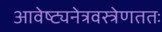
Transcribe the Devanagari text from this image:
आवेष्ट्यनेत्रवस्त्रेणततः